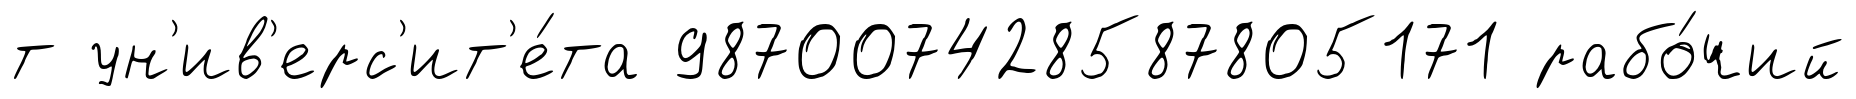
т ун'ив'ерс'ит'е́та 987007428587805171 рабо́чий